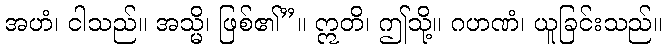
အဟံ၊ ငါသည်။ အသ္မိ၊ ဖြစ်၏”။ ဣတိ၊ ဤသို့။ ဂဟဏံ၊ ယူခြင်းသည်။